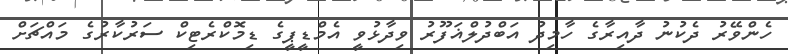
ހެންވޭރު ދެކުނު ދާއިރާގެ ހާމިދު އަބްދުލްޣަފޫރު ވިދާޅުވީ އެމްޑީޕީގެ ޑިމޮކްރެޓިކް ސަރުކާރުގެ މައްޗަށް